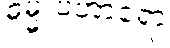
ဓမ္မူပဟာရော